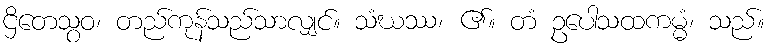
ဌိတေသွဝ၊ တည်ကုန်သည်သာလျှင်။ သံဃဿ၊ ၏။ တံ ဥပေါသထကမ္မံ၊ သည်။